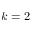
k = 2